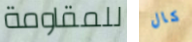
للمقاومة كال